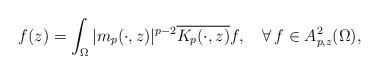
LaTeX: \begin{align*}f(z)= \int_\Omega |m_p(\cdot,z)|^{p-2}\overline{K_p(\cdot,z)}f,\ \ \ \forall\,f\in A^2_{p,z}(\Omega),\end{align*}